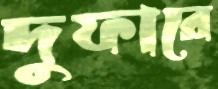
দুফারে